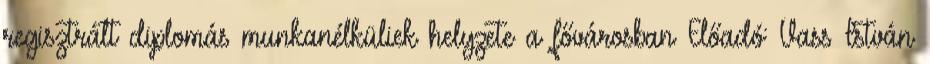
regisztrált diplomás munkanélküliek helyzete a fővárosban Előadó: Vass István